Vana-Vandra_vallavalitsus, lk 9
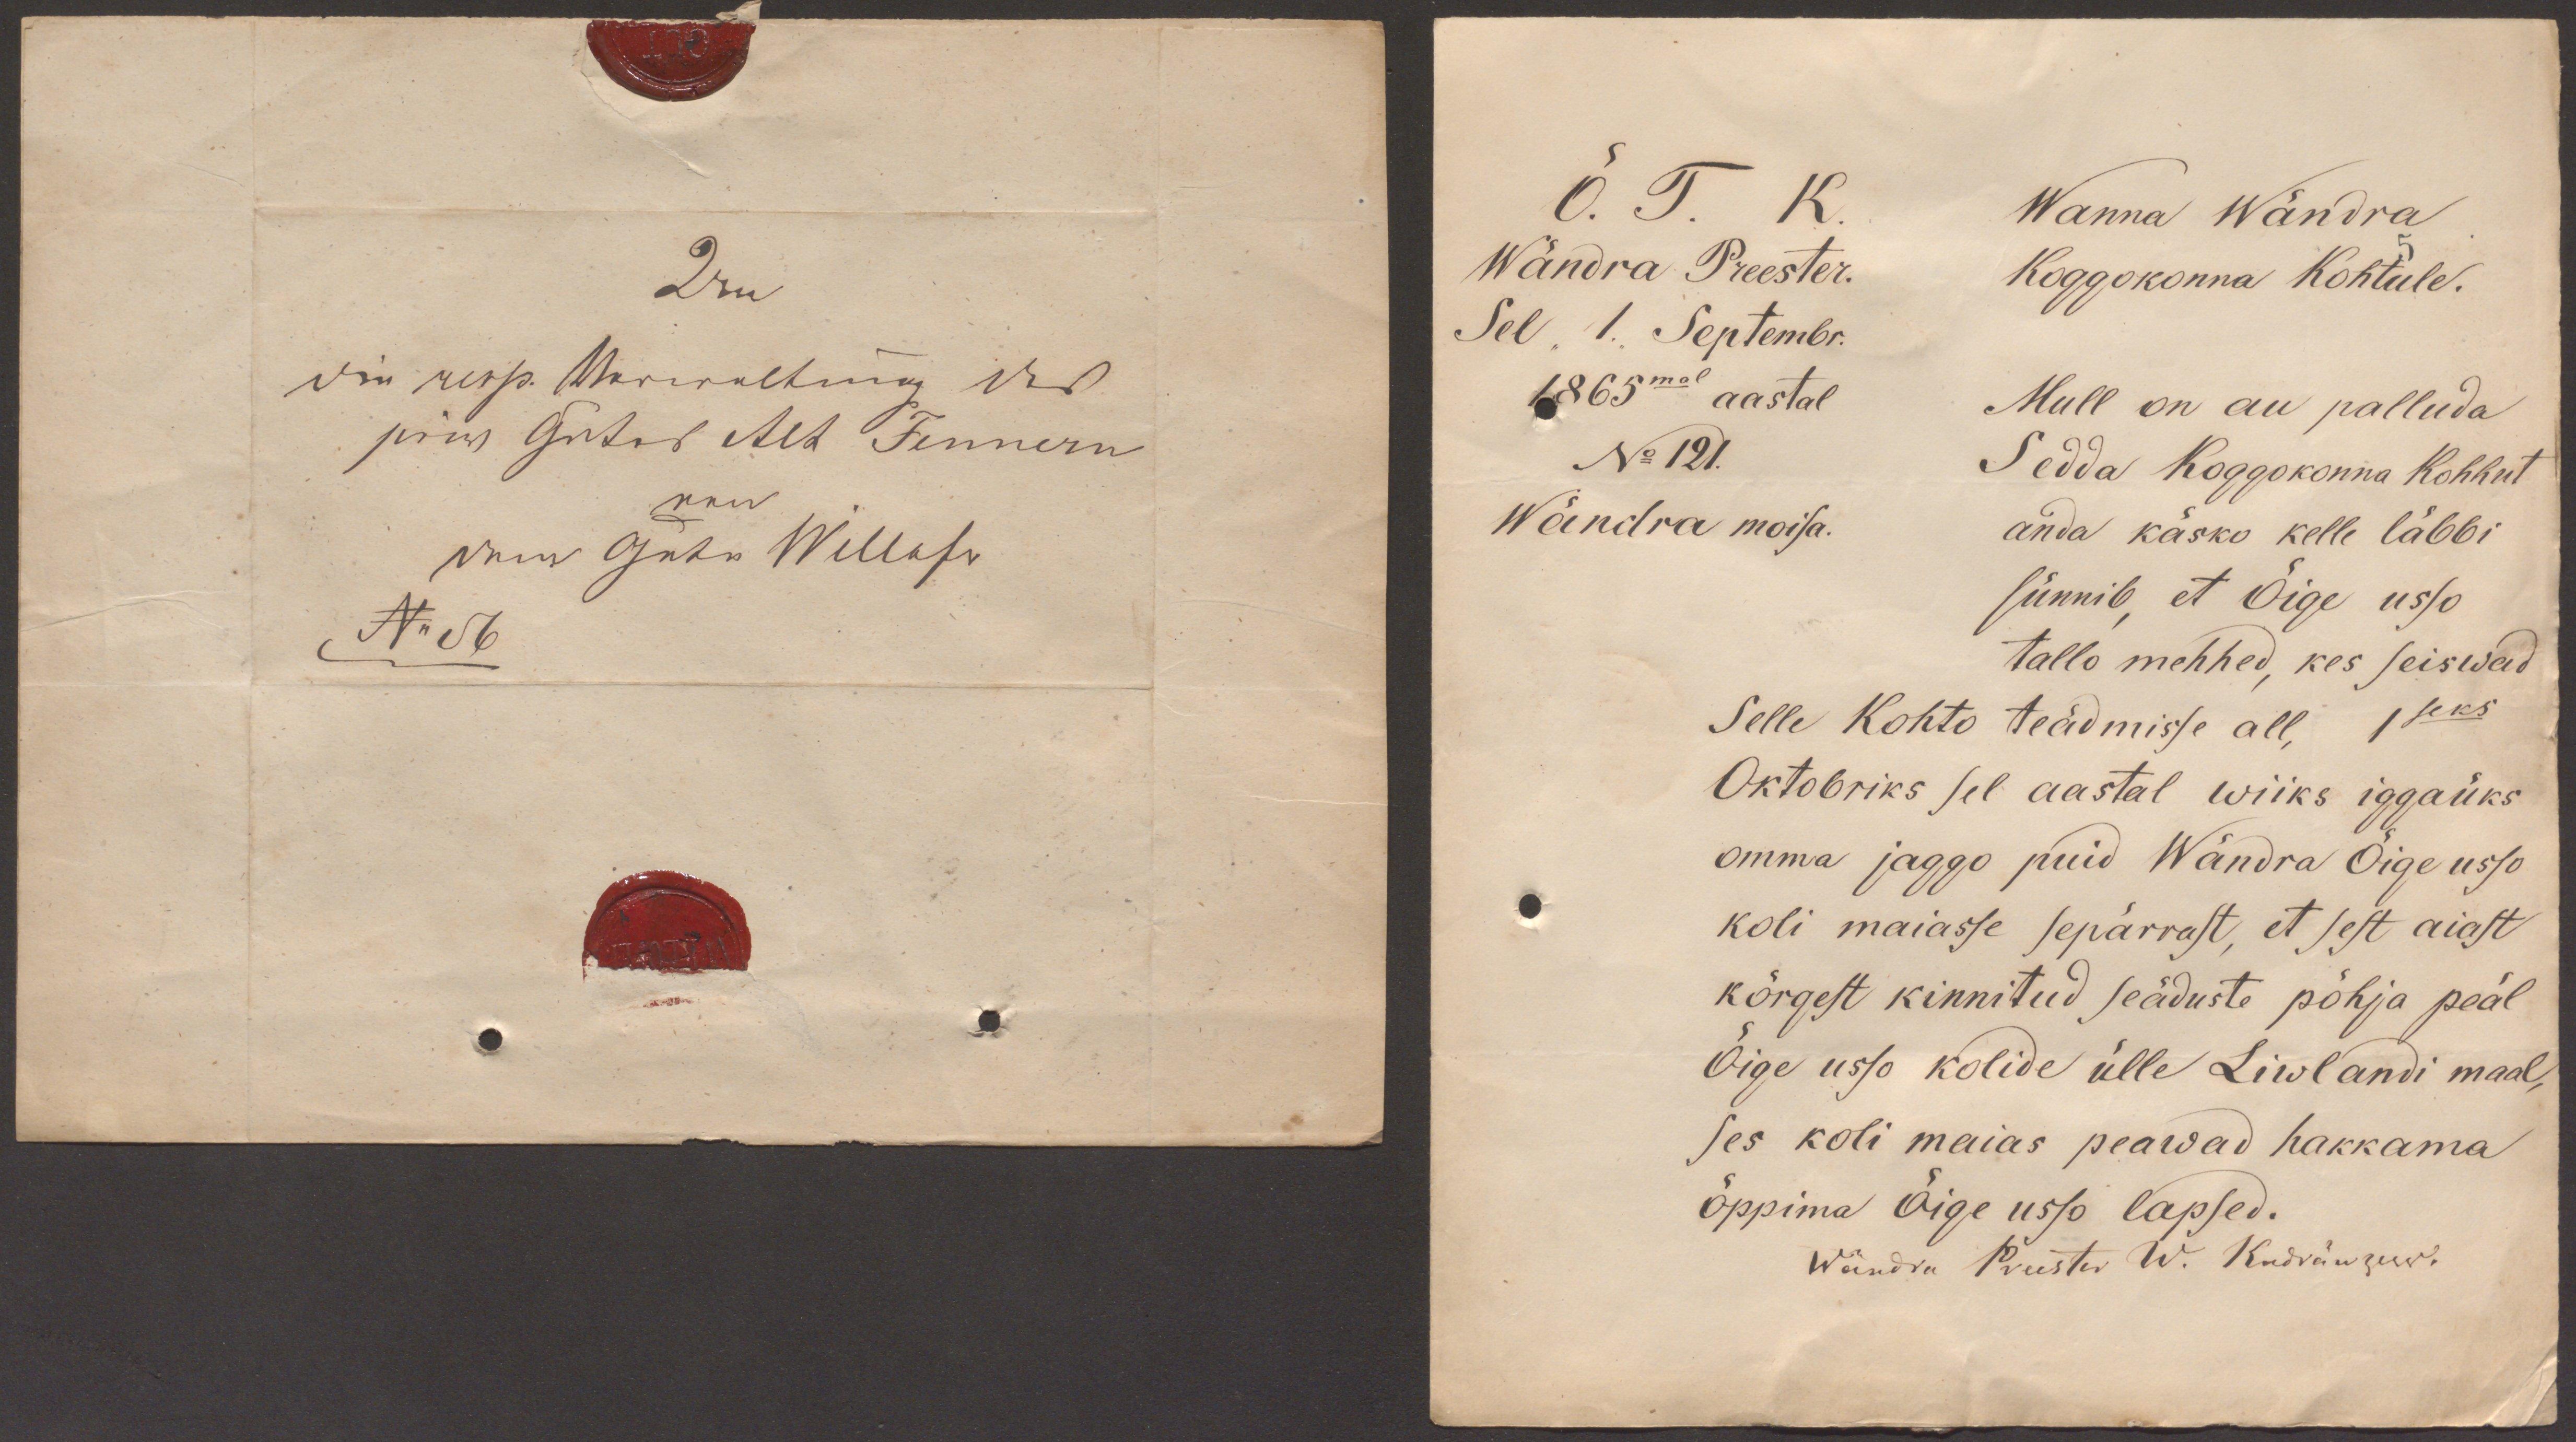
Õ. T. K.
Wanna Wändra
Wändra Preester.
Koggokonna Kohtule.
Sel 1. Septembr.
1865mal aastal
Mull on au palluda
No 121.
Sedda Koggokonna Kohhut
Wändra moisa.
anda käsko kelle läbbi
sünnib et Õige usso
tallo mehhed, kes seiswad
Selle kohto teadmisse all, 1 seks
Oktobriks sel aastal wiiks iggaüks
omma jaggo puid Wändra Õige usto
koli maiasse sepärrast, et sest aiast
kõrgest kinnitud seäduste põhja peal
Õige usso kolide ülle Liwlandi maal,
ses koli maias peawad hakkama
õppima Õige usso lapsed.
Wändra Preester W. Kudränzew.